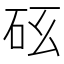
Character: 𥐺